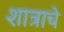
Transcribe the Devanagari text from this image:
शात्राचे